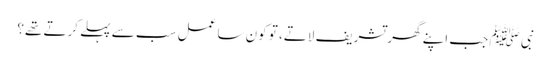
نبی ﷺ جب اپنے گھر تشریف لاتے، تو کون سا عمل سب سے پہلے کرتے تھے؟